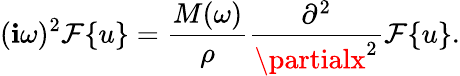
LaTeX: (\mathbf{i}\omega)^{2}\mathcal{{F}}\{ u\} =\frac{{M(\omega)}}{{\rho}}\frac{{\partial^{2}}}{{\partialx^{2}}}\mathcal{{F}}\{ u\} .